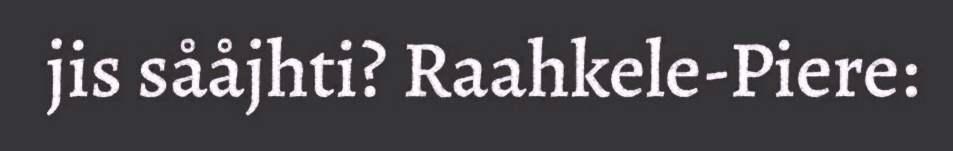
jis sååjhti? Raahkele-Piere: